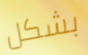
بشكل